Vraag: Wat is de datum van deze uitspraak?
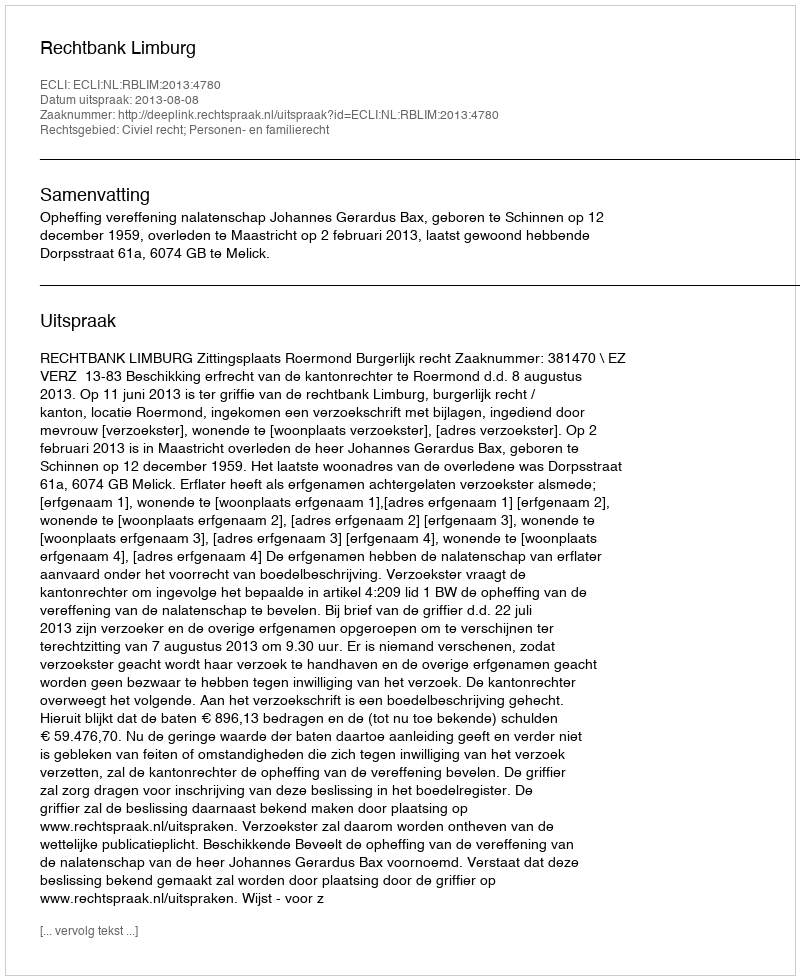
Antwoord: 2013-08-08